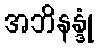
အဘိနန္ဒုံ